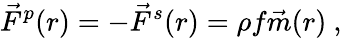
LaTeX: \vec{F}^{p}(r)=-\vec{F}^{s}(r)=\rho f\vec{m}(r)\ ,